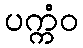
ပက္ကံဝ